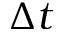
\Delta t